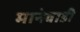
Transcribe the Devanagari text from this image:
मानेवाडी